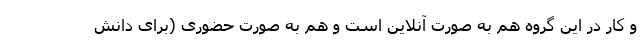
و کار در این گروه هم به صورت آنلاین است و هم به صورت حضوری (برای دانش